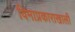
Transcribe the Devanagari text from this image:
विमाप्रकाराखाली